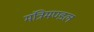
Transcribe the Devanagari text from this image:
मंत्रिमण्‍डल